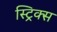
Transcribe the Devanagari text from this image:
स्ट्रिक्स